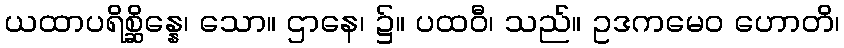
ယထာပရိစ္ဆိန္နေ၊ သော။ ဌာနေ၊ ၌။ ပထဝီ၊ သည်။ ဥဒကမေဝ ဟောတိ၊